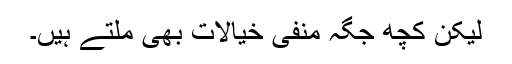
لیکن کچھ جگہ منفی خیالات بھی ملتے ہیں۔